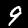
Label: 9